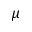
\mu